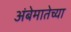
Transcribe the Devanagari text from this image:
अंबेमातेच्या